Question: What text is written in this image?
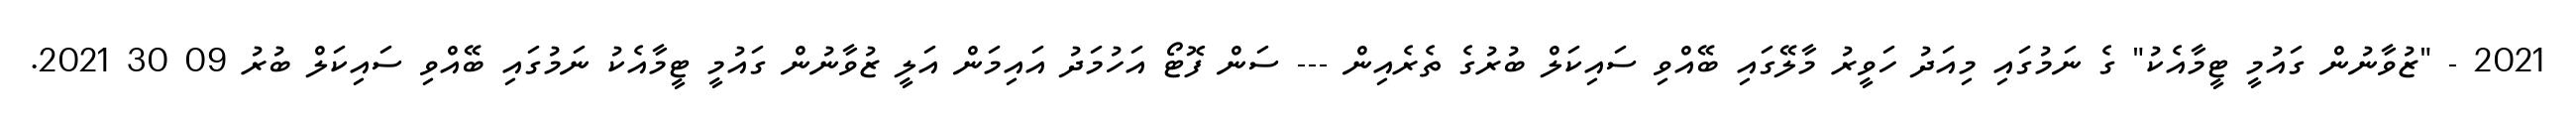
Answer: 2021 - "ޒުވާނުން ގައުމީ ޓީމާއެކު" ގެ ނަމުގައި މިއަދު ހަވީރު މާލޭގައި ބޭއްވި ސައިކަލް ބުރުގެ ތެރެއިން --- ސަން ފޮޓޯ އަހުމަދު އައިމަން އަލީ ޒުވާނުން ގައުމީ ޓީމާއެކު ނަމުގައި ބޭއްވި ސައިކަލް ބުރު 09 30 2021.